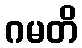
ဂမတိ